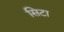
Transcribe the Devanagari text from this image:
सिटा